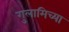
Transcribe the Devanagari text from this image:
गुलामिच्या